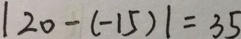
\vert 2 0 - ( - 1 5 ) \vert = 3 5